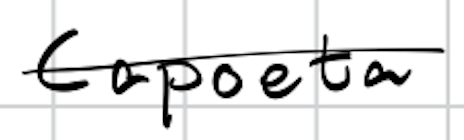
Text: Capoeta
Cross-out: single-line
Writing tool: digital_black